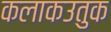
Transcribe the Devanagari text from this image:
कलाकउतुक